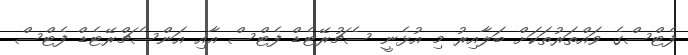
ފެޓްސްގެ ވައްތަރުތަކަށް ބަލާއިރު މި އުޅެނީ ސެޗުރޭޓެޑް ފެޓްސް އާއި އަންސެޗްރޭޓެޑް ފެޓްސް